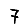
Digit: 7